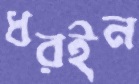
ধরইন